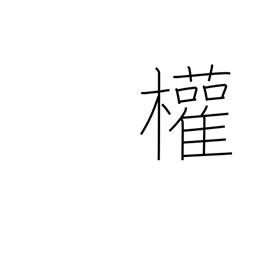
Meaning: rights